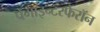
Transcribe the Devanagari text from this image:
पेगाइन्टरफेरॉन